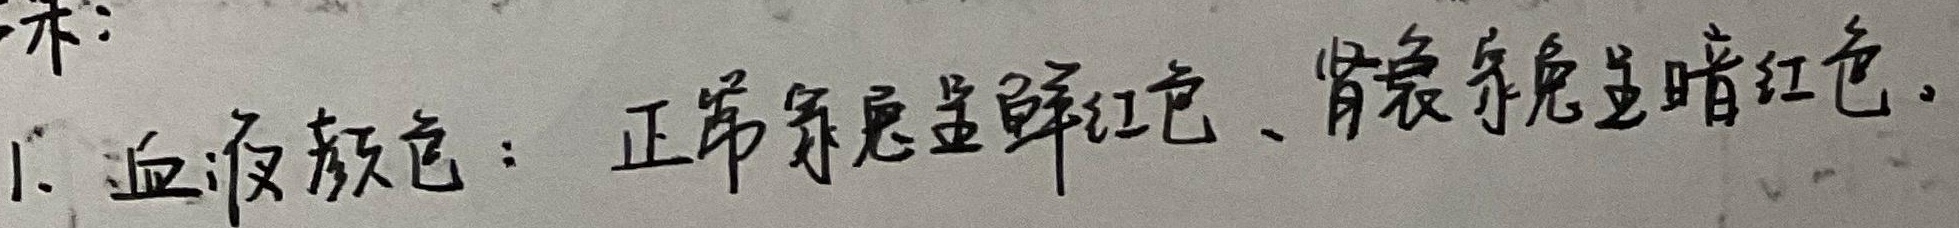
1. 血液颜色：正常家兔呈鲜红色，肾衰家兔呈暗红色。